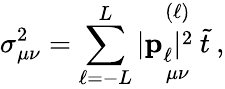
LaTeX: \sigma_{\mu\nu}^{2}=\sum_{\ell=-L}^{L}|\mathop{\mathbf{p}_{\ell}^{}|^{2}\: \tilde{t}}_{\mu\nu}^{(\ell)}\: ,